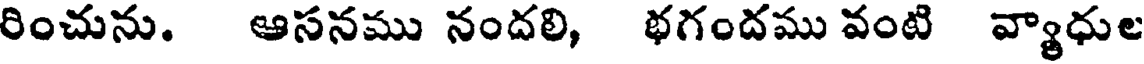
రించును. ఆసనము నందలి, భగందము వంటి వ్యాధుల